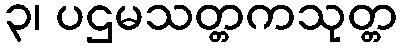
၃၊ ပဌမသတ္တကသုတ္တ